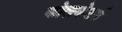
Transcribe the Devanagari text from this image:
कोलमोटर्स